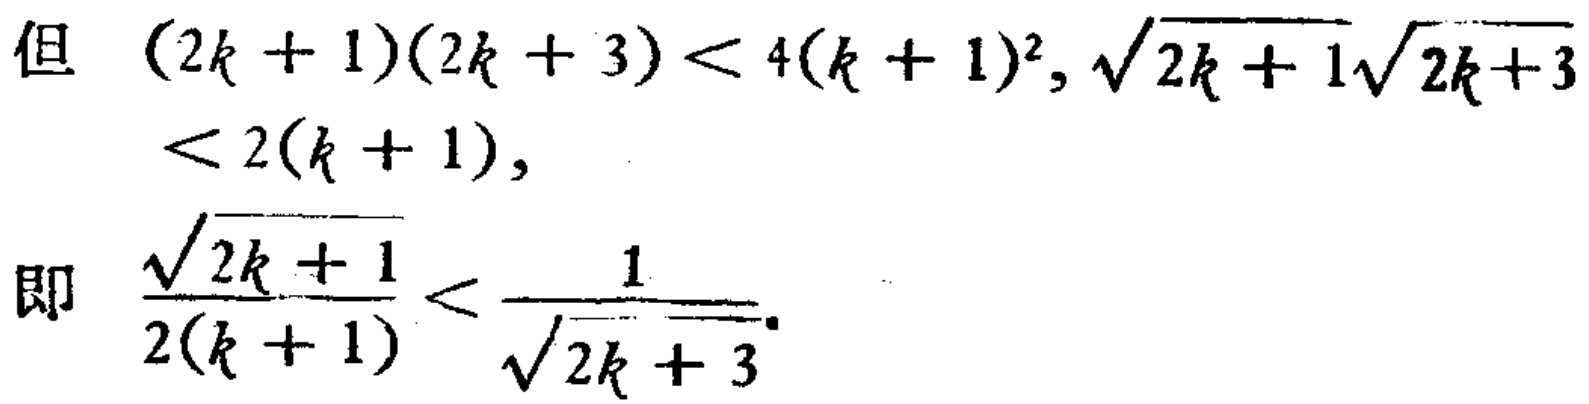
但 \((2k + 1)(2k + 3) < 4(k + 1)^2, \sqrt{2k + 1}\sqrt{2k + 3}\)
\(< 2(k + 1)\)，
即 \(\frac{\sqrt{2k + 1}}{2(k + 1)} < \frac{1}{\sqrt{2k + 3}}\)。